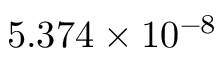
5 . 3 7 4 \times 1 0 ^ { - 8 }